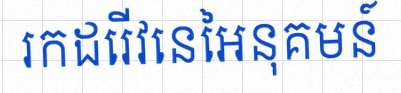
រកដេរីវេនៃអនុគមន៍